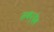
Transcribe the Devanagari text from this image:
सकर्देव